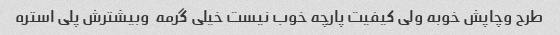
طرح وچاپش خوبه ولی کیفیت پارچه خوب نیست خیلی گرمه  وبیشترش پلی استره